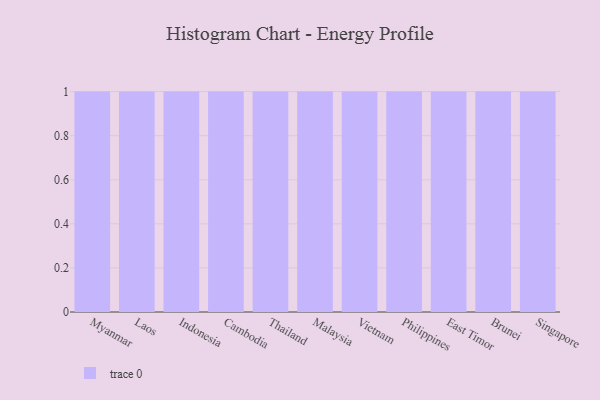
{"axis": {"x": "Country", "y": "Demand Index"}, "legend": [""], "data": [{"x": "Myanmar", "y": 64, "type": ""}, {"x": "Laos", "y": 87, "type": ""}, {"x": "Indonesia", "y": 18, "type": ""}, {"x": "Cambodia", "y": 20, "type": ""}, {"x": "Thailand", "y": 65, "type": ""}, {"x": "Malaysia", "y": 83, "type": ""}, {"x": "Vietnam", "y": 48, "type": ""}, {"x": "Philippines", "y": 69, "type": ""}, {"x": "East Timor", "y": 30, "type": ""}, {"x": "Brunei", "y": 92, "type": ""}, {"x": "Singapore", "y": 32, "type": ""}]}